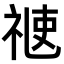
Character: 𥚄